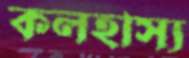
কলহাস্য